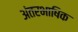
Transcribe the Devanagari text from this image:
अंतरभाषिक